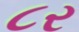
૮ર